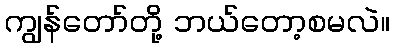
ကျွန်တော်တို့ ဘယ်တော့စမလဲ။